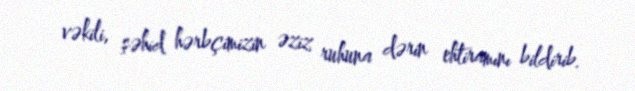
vəkili, şəhid hərbçimizin əziz ruhuna dərin ehtiramını bildirib.